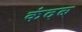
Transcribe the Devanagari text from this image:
कंदब